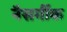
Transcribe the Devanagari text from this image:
नैसर्गीक